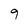
Character: 9